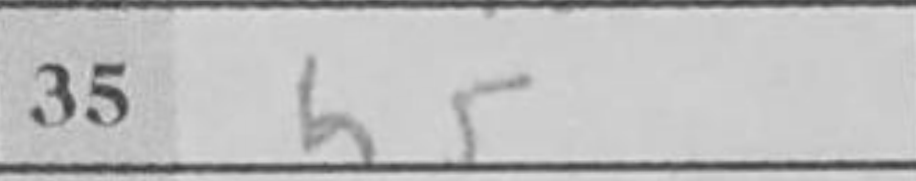
Transcription: h5